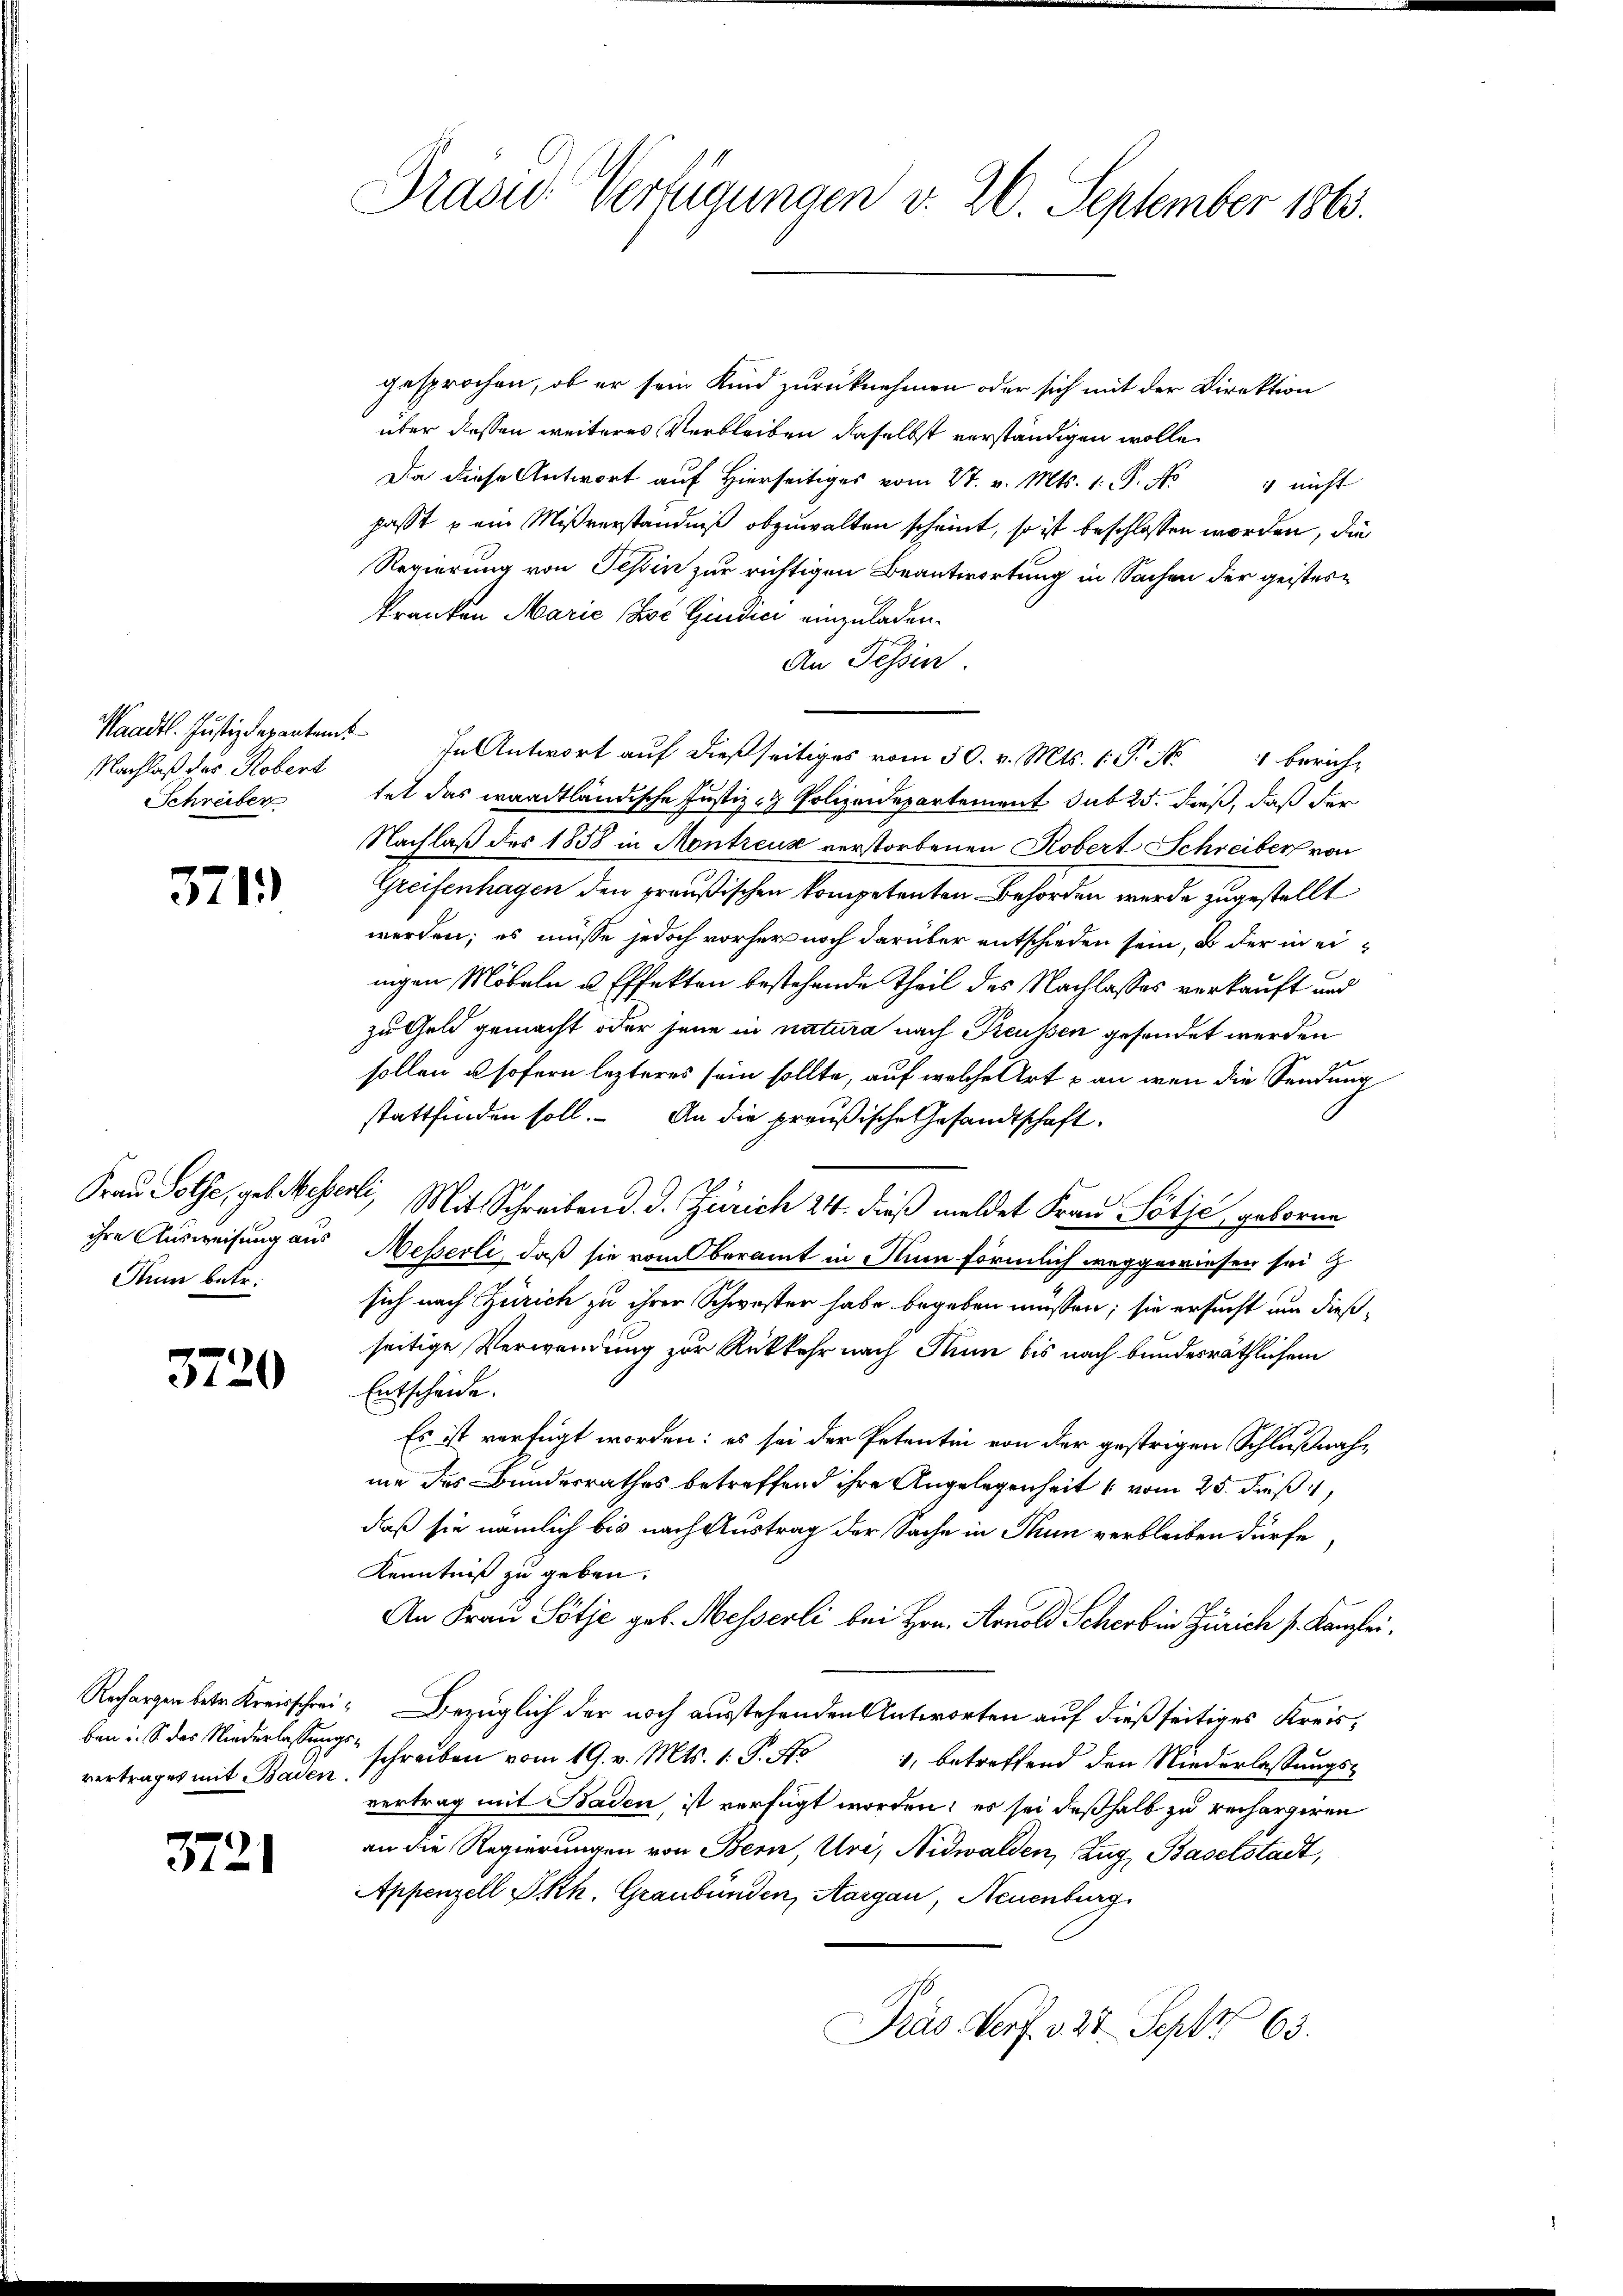
Nachlaß des Robert
Schreiber

371)

Rum betr.

3720

vertrages mit Baden.

3721

gesprochen, ob er sein Kind zurücknehmen oder sich mit der Direktion
über dessen weiteres Verbleiben daselbst verständigen wolle,
Da diese Antwort auf hierseitiges vom 27. v. Mts. 1. P. Nr. 1 nicht
passt u ein Mißverständniß abzuwalten scheint, so ist beschlossen worden, die
Regierung von Teßin zur richtigen Beantwortung in Sachen der geisteskranken Marie Zoć Giudici einzuladen.
An Tessin.
Waadt. Justizdepanten. In Antwort auf dießseitiges vom 30. v. Mts. 1. P. Nr. 4 berich-
tet das waadtländische Justiz- & Polizeidepartement sub 25. dieß, daß der
Nachlaß des 1858 in Montreux verstorbenen Kobert Schreiber von
Greifenhagen den preußischen kompetenten Behörden werde zugestellt
werden; es müsse jedoch vorher noch darüber entschieden sein, ob der in einigen Möbeln u. Effekten bestehende Theil des Nachlasses verkauft und
zu Geld gemacht oder jene in natura nach Preußen gesendet werden
sollen u sofern lezteres sein sollte, auf welche Art & an wenn die Sendung
stattfinden soll. An die preußische Gesandtschaft
Frau Sothe, geb. Wesenti, Mit Schreiben d. J. Zürich 24. dieß meldet Frau Sötje geborne
ihre Ausweisung aus Messerli, daß sie vom Oberamt in Nun förmlich weggewiesen sei z
sich nach Zürich zu ihrer Schwester habe begeben müssen; sie ersucht um dießseitige Verwendung zur Rükkehr nach Nun bis nach bundesräthlichem
Entscheide.
Es ist verfügt worden: es sei der Petentin von der gestrigen Schlußnahme des Bundesrathes betreffend ihre Angelegenheit vom 25. Fuß,
daß sie nämlich bis nach Austrag der Sache in Thun verbleiben dürfe,
Kenntniß zu geben.
An Frau Sötje geb. Messerli bei Hrn. Arnold Scher bin Zürich s. Kanzlei.
Rechargen betr. Kreisschrei¬ Bezüglich der noch ausstehenden Antworten auf dießseitiges Kreisben S. des Niederlesen schreiben vom 19. v. Mts. 1. P. No 1, betreffend den Niederlassŭngs-
vertrag mit Baden, ist verfügt worden; es sei deßhalb zu rechargiren
an die Regierungen von Bern, Uri, Nidwalden, Zug, Baselstadt,
Appenzell PRh. Graubünden, Aargau, Neuenburg
Präs. Verf. v. 27. Sept 65.

Präsid. Verfügungen v. 26. September 1863.